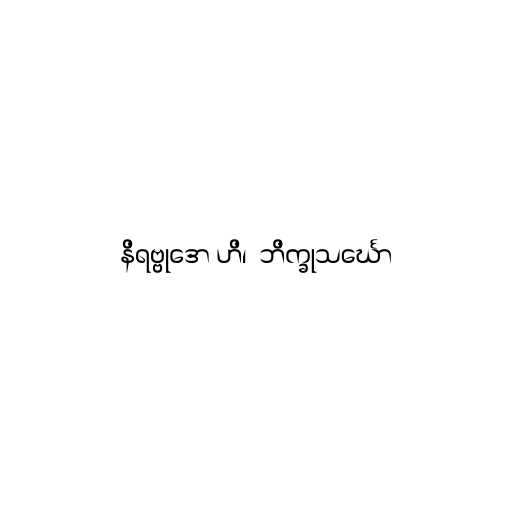
နိရဗ္ဗုဒော ဟိ၊  ဘိက္ခုသင်္ဃော